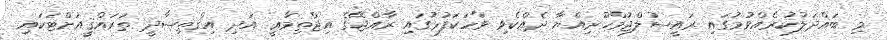
މި ބައްދަލުކުރެއްވުމުގައި ރައީސުލްޖުމްހޫރިއްޔާ ދެއްކެވި ވާހަކަފުޅުގައި ރާއްޖޭގެ އިޖްތިމާޢީ އަދި އިޤްތިޞާދީ ތަރައްޤީއަށްޓަކައި